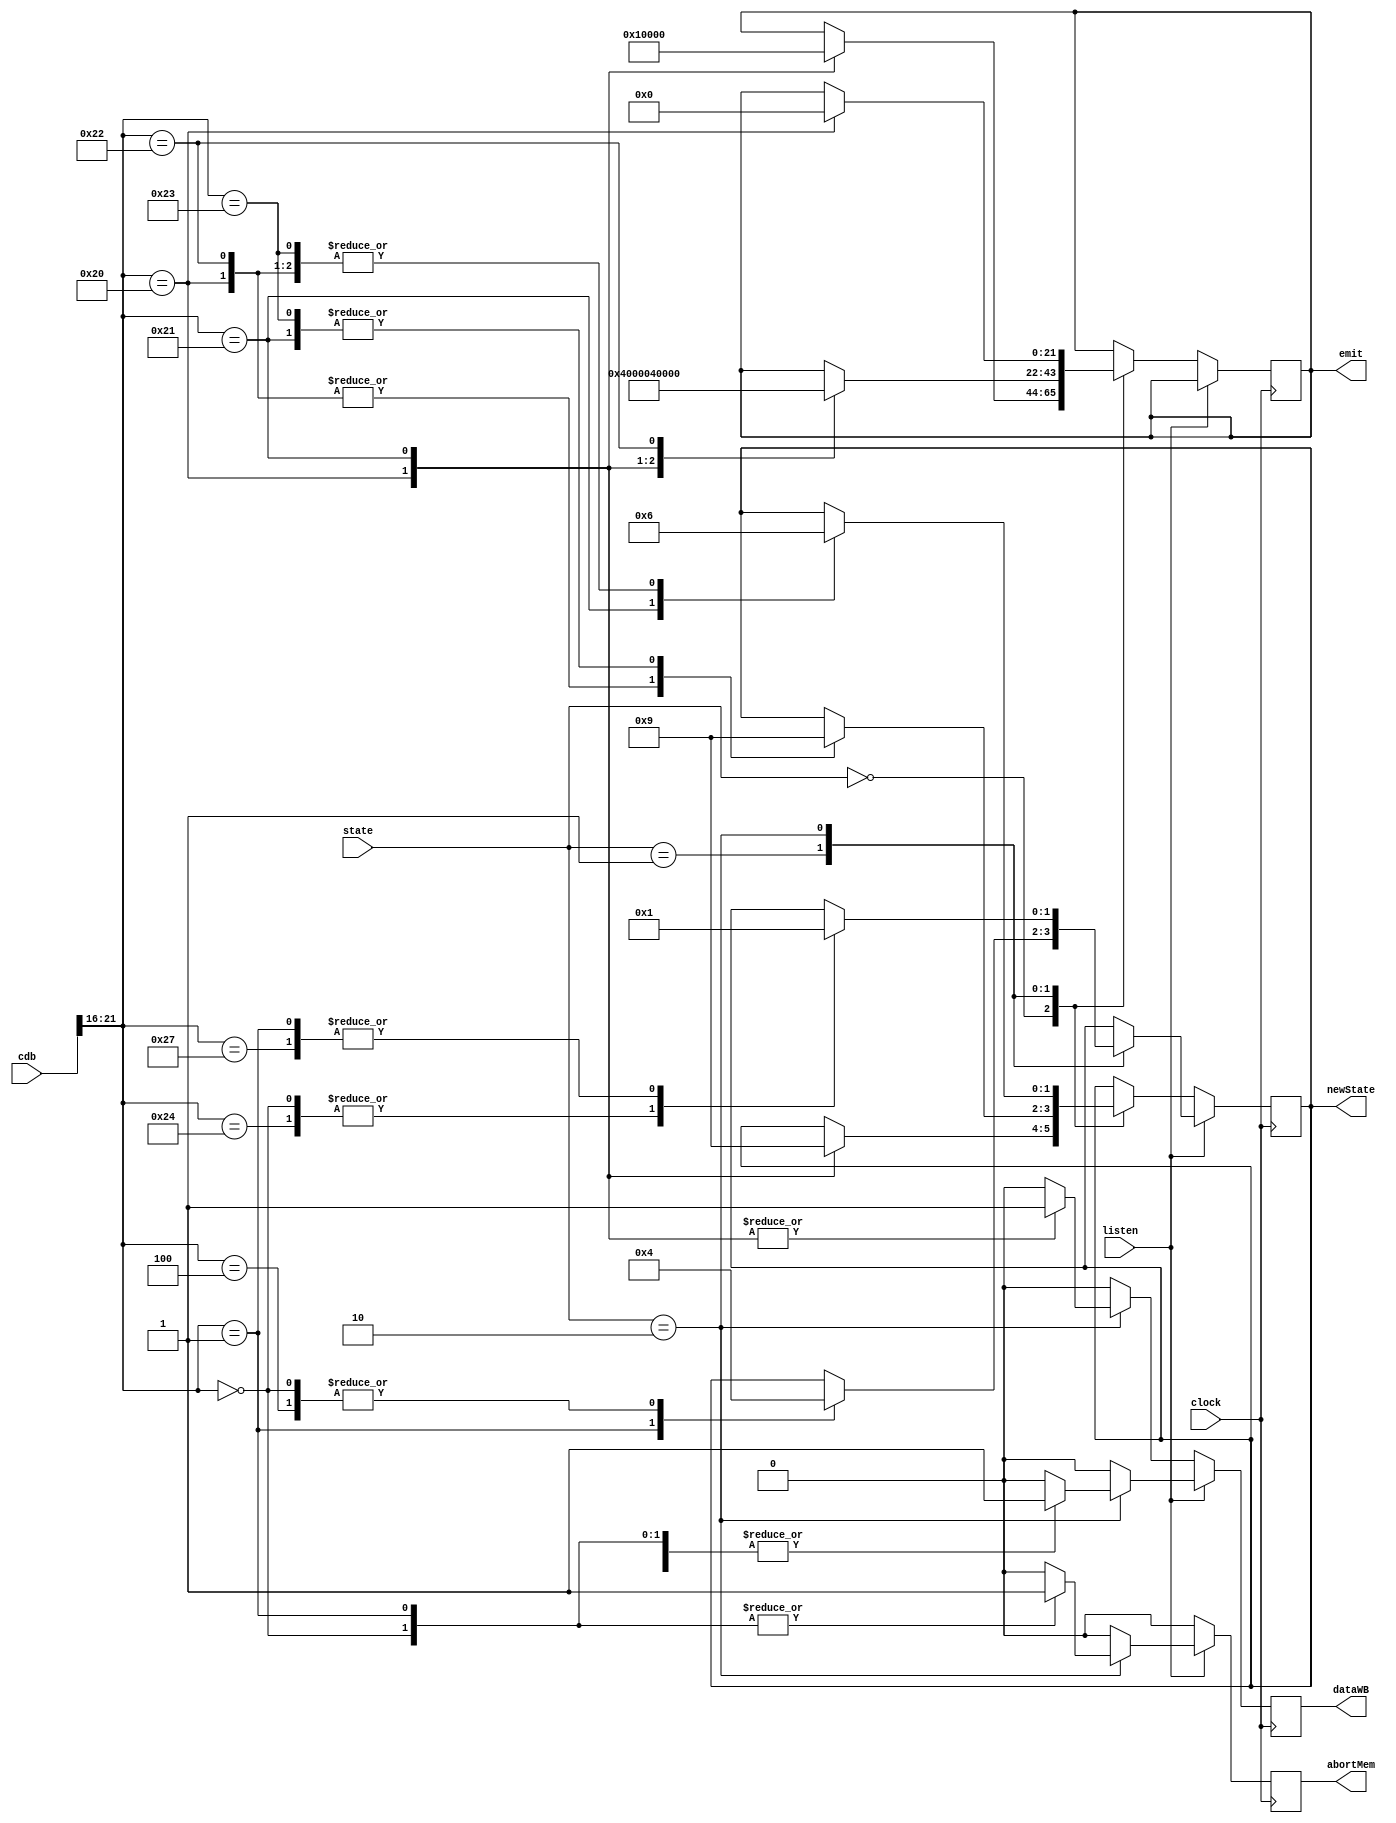
module StateMachine(clock, state, cdb, listen, newState, emit, dataWB, abortMem);
  input clock;
  
  input[1:0] state;
  //00=I 01=S 10=M
  
  input[21:0] cdb;
  //[21:16]situation [15:0]data
  
  input listen;
  //1=ouvindo 0=escrevendo
  
  output reg dataWB;
  
  output reg abortMem;
  
  output reg[1:0] newState;
  //00=I 01=S 10=M
  
  output reg[21:0]emit;
  //[21:16]situation [15:0]data
  
  always @(posedge clock)
  begin
	dataWB = 0;
	abortMem = 0;
	
    if(listen==1)
    begin
      case(state)
        2'b01: //Shared
          begin
            case(cdb[21:16])
              6'b000000: //write miss
                begin
                  newState = 2'b00; //invalid
                end
              6'b000001: //read miss
                begin
                  newState = 2'b01; //->shared
                end
              6'b000100: //invalidate
                begin
                  newState = 2'b00;
                end
            endcase
          end
        2'b10: //Modified
           begin
             case(cdb[21:16])
              6'b000000: //write miss
                begin
                  newState = 2'b00; //Invalid
						dataWB = 1;
						abortMem = 1;
                end
              6'b000001: //read miss
                begin
                  newState = 2'b01; //->shared
						dataWB = 1;
						abortMem = 1;
                end
					6'b100100: //Fetch Invalidate
					begin 
						newState = 2'b00; //->Invalid
						dataWB = 1;
					end
					6'b100111: //Fetch
					begin 
						newState = 2'b01; //->Shared
						dataWB = 1;
					end
             endcase
           end
        endcase
    end
    else
    begin
      case(state)
        2'b00: //Invalid
          begin
            case(cdb[21:16])
              6'b100000: //CPU write miss
              begin
              emit = {6'b000000, 16'b0}; //emite write miis
              newState = 2'b10; //->modified
              end
              6'b100001: //CPU read miss
              begin
              emit = {6'b000001, 16'b0}; //emite read miis
              newState = 2'b01; //->shared
              end
            endcase
          end
        2'b01: //Shared
          begin
            case(cdb[21:16])
              6'b100000: //CPU write miss
              begin
              emit = {6'b000000, 16'b0}; //place write miss
              newState =  2'b10; //->modified
              end
              6'b100001: //CPU read miss
              begin
              emit = {6'b000001, 16'b0}; //place read miss
              newState = 2'b01; //->shared
              end
              6'b100010: //CPU write hit
              begin
              emit = {6'b000100, 16'b0}; //place invalidate
              newState = 2'b10; //->modified
              end
              6'b100011: //CPU read hit
              begin 
              newState = 2'b01; //->shared
              end
            endcase
          end
        2'b10: //Modified
          begin
            case(cdb[21:16])
              6'b100000: //CPU write miss
              begin
              emit = {6'b000000, 16'b0}; //place write miss
              newState = 2'b10; //->modified
				  dataWB = 1;
              end
				  6'b100001: //CPU read miss
				  begin
				  newState = 2'b01; //Shared
				  dataWB = 1;
				  end
              6'b100010: //CPU write hit
              begin
              newState = 2'b10; //->modified
              end
              6'b100011: //CPU read hit
              begin
              newState = 2'b10; //->modified
              end
            endcase
          end
      endcase
    end
    
  end
  
endmodule